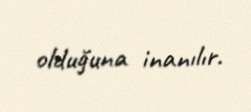
olduğuna inanılır.